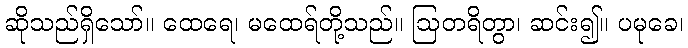
ဆိုသည်ရှိသော်။ ထေရေ၊ မထေရ်တို့သည်။ ဩတရိတွာ၊ ဆင်း၍။ ပမုခေ၊